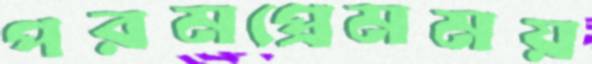
পরমপ্রেমময়